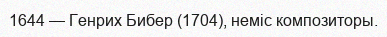
1644 — Генрих Бибер (1704), неміс композиторы.